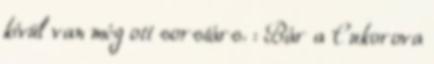
kívül van még ott sorstárs. : Bár a Cukorova